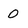
Character: 0